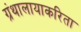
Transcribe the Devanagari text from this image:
ग्रंथालायाकरिता